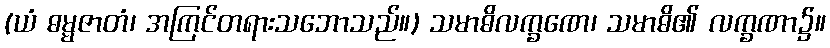
(ယံ ဓမ္မဇာတံ၊ အကြင်တရားသဘောသည်။) သမာဓိလက္ခဏေ၊ သမာဓိ၏ လက္ခဏာ၌။